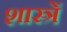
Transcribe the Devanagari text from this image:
शास्त्रें